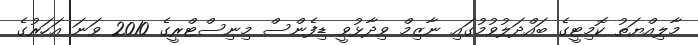
މާލިއްޔަތު ކޮމިޓީގެ ބައްދަލުވުމުގައި ނާޒިމް ވިދާޅުވީ ޑިފެންސް މިނިސްޓްރީގެ 2010 ވަނަ އަހަރުގެ